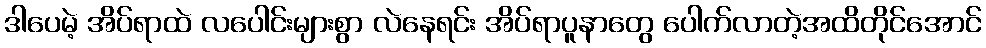
ဒါပေမဲ့ အိပ်ရာထဲ လပေါင်းများစွာ လဲနေရင်း အိပ်ရာပူနာတွေ ပေါက်လာတဲ့အထိတိုင်အောင်